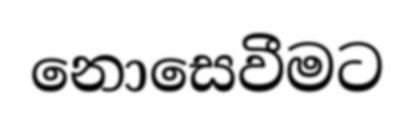
නොසෙවීමට